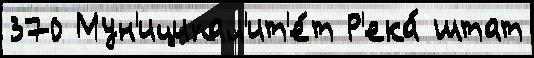
370 Мун'иципал'ит'е́т Р'ека́ штат